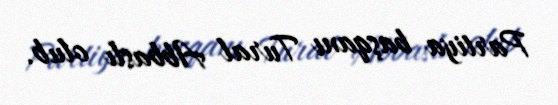
Partiya başqanı Tural Abbaslı olub.